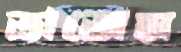
তাজেম